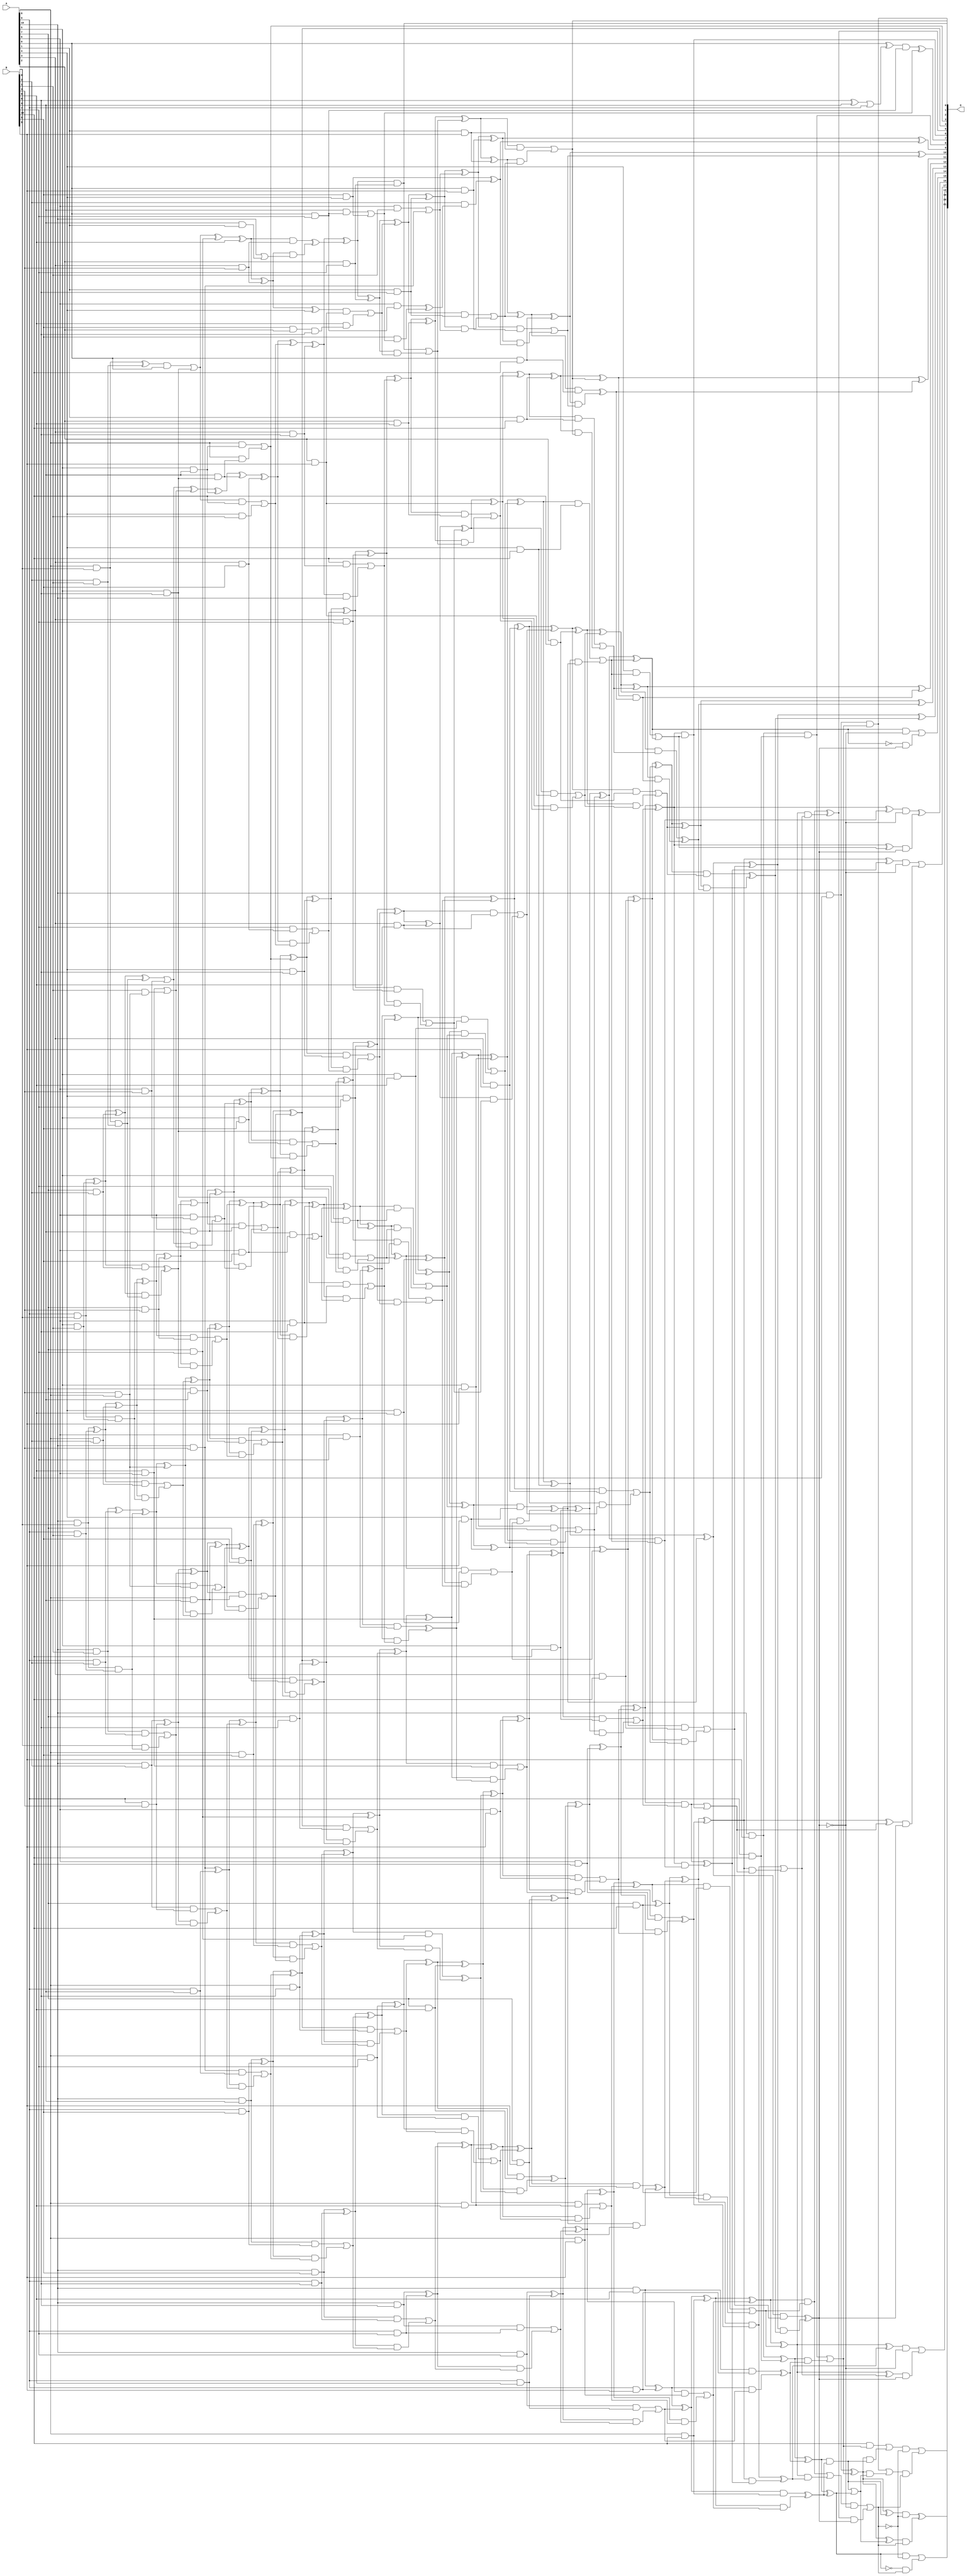
/***
* This code is a part of EvoApproxLib library (ehw.fit.vutbr.cz/approxlib) distributed under The MIT License.
* When used, please cite the following article(s): V. Mrazek, S. S. Sarwar, L. Sekanina, Z. Vasicek and K. Roy, "Design of power-efficient approximate multipliers for approximate artificial neural networks," 2016 IEEE/ACM International Conference on Computer-Aided Design (ICCAD), Austin, TX, 2016, pp. 1-7. doi: 10.1145/2966986.2967021 
* This file contains a circuit from a sub-set of pareto optimal circuits with respect to the pwr and mre parameters
***/
// MAE% = 0.018 %
// MAE = 755 
// WCE% = 0.098 %
// WCE = 4099 
// WCRE% = 1500.00 %
// EP% = 99.59 %
// MRE% = 0.64 %
// MSE = 909745 
// PDK45_PWR = 0.784 mW
// PDK45_AREA = 1147.0 um2
// PDK45_DELAY = 1.84 ns


module mul11u_005(A, B, O);
  input [10:0] A, B;
  output [21:0] O;
  wire [10:0] A, B;
  wire [21:0] O;
  wire sig_30, sig_31, sig_32, sig_40, sig_41, sig_42;
  wire sig_43, sig_57, sig_58, sig_59, sig_60, sig_61;
  wire sig_62, sig_63, sig_70, sig_71, sig_72, sig_73;
  wire sig_74, sig_105, sig_106, sig_107, sig_108, sig_109;
  wire sig_110, sig_111, sig_112, sig_113, sig_114, sig_115;
  wire sig_116, sig_117, sig_118, sig_119, sig_120, sig_121;
  wire sig_122, sig_123, sig_124, sig_130, sig_131, sig_132;
  wire sig_133, sig_134, sig_135, sig_161, sig_162, sig_164;
  wire sig_165, sig_166, sig_167, sig_168, sig_169, sig_170;
  wire sig_171, sig_172, sig_173, sig_174, sig_175, sig_176;
  wire sig_177, sig_178, sig_179, sig_180, sig_181, sig_182;
  wire sig_183, sig_184, sig_185, sig_190, sig_191, sig_192;
  wire sig_193, sig_194, sig_195, sig_196, sig_210, sig_214;
  wire sig_216, sig_217, sig_218, sig_219, sig_220, sig_221;
  wire sig_222, sig_223, sig_224, sig_225, sig_227, sig_228;
  wire sig_229, sig_230, sig_231, sig_232, sig_233, sig_234;
  wire sig_235, sig_236, sig_237, sig_238, sig_239, sig_240;
  wire sig_241, sig_242, sig_243, sig_244, sig_245, sig_246;
  wire sig_250, sig_251, sig_252, sig_253, sig_254, sig_255;
  wire sig_256, sig_257, sig_264, sig_267, sig_269, sig_272;
  wire sig_273, sig_274, sig_275, sig_276, sig_277, sig_278;
  wire sig_279, sig_280, sig_281, sig_282, sig_283, sig_284;
  wire sig_285, sig_286, sig_287, sig_288, sig_289, sig_290;
  wire sig_291, sig_292, sig_293, sig_294, sig_295, sig_296;
  wire sig_297, sig_298, sig_299, sig_300, sig_302, sig_303;
  wire sig_304, sig_305, sig_306, sig_307, sig_308, sig_310;
  wire sig_311, sig_312, sig_313, sig_314, sig_315, sig_316;
  wire sig_317, sig_318, sig_320, sig_321, sig_323, sig_327;
  wire sig_330, sig_331, sig_333, sig_334, sig_335, sig_336;
  wire sig_337, sig_338, sig_339, sig_340, sig_341, sig_342;
  wire sig_343, sig_344, sig_345, sig_346, sig_347, sig_348;
  wire sig_349, sig_350, sig_351, sig_352, sig_353, sig_354;
  wire sig_355, sig_356, sig_357, sig_358, sig_359, sig_360;
  wire sig_361, sig_362, sig_363, sig_364, sig_365, sig_366;
  wire sig_367, sig_368, sig_369, sig_371, sig_372, sig_373;
  wire sig_374, sig_375, sig_376, sig_377, sig_378, sig_379;
  wire sig_380, sig_381, sig_382, sig_384, sig_386, sig_387;
  wire sig_389, sig_390, sig_392, sig_393, sig_394, sig_395;
  wire sig_396, sig_397, sig_398, sig_399, sig_400, sig_401;
  wire sig_402, sig_403, sig_404, sig_405, sig_406, sig_407;
  wire sig_408, sig_409, sig_410, sig_411, sig_412, sig_413;
  wire sig_414, sig_415, sig_416, sig_417, sig_418, sig_419;
  wire sig_420, sig_421, sig_422, sig_423, sig_424, sig_425;
  wire sig_426, sig_427, sig_428, sig_429, sig_431, sig_432;
  wire sig_433, sig_434, sig_435, sig_436, sig_437, sig_438;
  wire sig_439, sig_440, sig_442, sig_443, sig_445, sig_446;
  wire sig_447, sig_448, sig_449, sig_450, sig_451, sig_452;
  wire sig_453, sig_454, sig_455, sig_456, sig_457, sig_458;
  wire sig_459, sig_460, sig_461, sig_462, sig_463, sig_464;
  wire sig_465, sig_466, sig_467, sig_468, sig_469, sig_470;
  wire sig_471, sig_472, sig_473, sig_474, sig_475, sig_476;
  wire sig_477, sig_478, sig_479, sig_480, sig_481, sig_482;
  wire sig_483, sig_484, sig_485, sig_486, sig_487, sig_488;
  wire sig_489, sig_490, sig_491, sig_492, sig_493, sig_494;
  wire sig_495, sig_496, sig_497, sig_498, sig_499, sig_500;
  wire sig_501, sig_502, sig_503, sig_504, sig_506, sig_507;
  wire sig_508, sig_509, sig_510, sig_512, sig_513, sig_514;
  wire sig_515, sig_516, sig_517, sig_518, sig_519, sig_520;
  wire sig_521, sig_522, sig_523, sig_524, sig_525, sig_526;
  wire sig_527, sig_528, sig_529, sig_530, sig_531, sig_532;
  wire sig_533, sig_534, sig_535, sig_536, sig_537, sig_538;
  wire sig_539, sig_540, sig_541, sig_542, sig_543, sig_544;
  wire sig_545, sig_546, sig_547, sig_548, sig_549, sig_550;
  wire sig_551, sig_552, sig_553, sig_554, sig_555, sig_556;
  wire sig_557, sig_558, sig_559, sig_560, sig_561, sig_562;
  wire sig_563, sig_564, sig_565, sig_567, sig_568, sig_569;
  wire sig_570, sig_571, sig_572, sig_573, sig_574, sig_575;
  wire sig_576, sig_577, sig_578, sig_579, sig_580, sig_581;
  wire sig_582, sig_583, sig_584, sig_585, sig_586, sig_587;
  wire sig_588, sig_589, sig_590, sig_591, sig_592, sig_593;
  wire sig_594, sig_595, sig_596, sig_597, sig_598, sig_599;
  wire sig_600, sig_601, sig_602, sig_603, sig_604, sig_605;
  wire sig_606, sig_607, sig_608, sig_610, sig_611, sig_612;
  wire sig_614, sig_615, sig_616, sig_617, sig_619, sig_620;
  wire sig_621, sig_622, sig_624, sig_625, sig_626, sig_627;
  wire sig_629, sig_630, sig_631, sig_632, sig_633, sig_634;
  wire sig_635, sig_636, sig_637, sig_638, sig_639, sig_640;
  wire sig_641, sig_642, sig_643, sig_644, sig_645, sig_646;
  wire sig_647, sig_648, sig_649, sig_650, sig_651, sig_652;
  wire sig_654, sig_655, sig_656, sig_657, sig_658, sig_659;
  wire sig_660, sig_661, sig_662, sig_663, sig_664, sig_666;
  wire sig_667, sig_668, sig_670, sig_671, sig_672, sig_674;
  wire sig_675, sig_676, sig_678, sig_679, sig_680, sig_682;
  wire sig_683, sig_684, sig_685, sig_686, sig_687, sig_688;
  wire sig_689, sig_690, sig_691, sig_692, sig_693, sig_694;
  wire sig_695, sig_696, sig_697, sig_699, sig_700, sig_701;
  wire sig_702, sig_703, sig_704, sig_706, sig_707, sig_708;
  wire sig_710, sig_711, sig_712;
  assign sig_30 = A[8] & B[0];
  assign sig_31 = A[9] & B[0];
  assign sig_32 = A[10] & B[0];
  assign sig_40 = B[2] & B[1];
  assign sig_41 = A[5] & B[1];
  assign sig_42 = A[9] & B[1];
  assign sig_43 = A[10] & B[1];
  assign sig_57 = B[3] & A[8];
  assign sig_58 = sig_30 ^ sig_40;
  assign sig_59 = sig_30 & sig_40;
  assign sig_60 = sig_31 ^ sig_41;
  assign sig_61 = sig_31 & sig_41;
  assign sig_62 = sig_32 ^ sig_42;
  assign sig_63 = sig_32 & sig_42;
  assign sig_70 = A[6];
  assign sig_71 = A[7] & B[2];
  assign sig_72 = A[8] & B[2];
  assign sig_73 = A[9] & B[2];
  assign sig_74 = A[10] & B[2];
  assign sig_105 = sig_58;
  assign sig_106 = B[8] & sig_70;
  assign sig_107 = B[1] & sig_57;
  assign sig_108 = sig_105 & A[0];
  assign sig_109 = sig_106 | sig_107;
  assign sig_110 = sig_60 ^ sig_71;
  assign sig_111 = sig_60 & sig_71;
  assign sig_112 = sig_110 & sig_59;
  assign sig_113 = sig_110 ^ sig_59;
  assign sig_114 = sig_111 ^ sig_112;
  assign sig_115 = sig_62 ^ sig_72;
  assign sig_116 = sig_62 & sig_72;
  assign sig_117 = sig_115 & sig_61;
  assign sig_118 = sig_115 ^ sig_61;
  assign sig_119 = sig_116 | sig_117;
  assign sig_120 = sig_43 ^ sig_73;
  assign sig_121 = sig_43 & sig_73;
  assign sig_122 = B[0] & sig_63;
  assign sig_123 = sig_120 ^ sig_63;
  assign sig_124 = sig_121 | sig_122;
  assign sig_130 = A[5] & B[6];
  assign sig_131 = A[6] & B[3];
  assign sig_132 = A[7] & B[3];
  assign sig_133 = A[8] & B[3];
  assign sig_134 = A[9] & B[3];
  assign sig_135 = A[10] & B[3];
  assign sig_161 = sig_108 | sig_130;
  assign sig_162 = B[4] & sig_130;
  assign sig_164 = sig_161;
  assign sig_165 = sig_162;
  assign sig_166 = sig_113 | sig_131;
  assign sig_167 = A[6] & sig_131;
  assign sig_168 = sig_166 & sig_109;
  assign sig_169 = sig_166 ^ sig_109;
  assign sig_170 = sig_167 | sig_168;
  assign sig_171 = sig_118 ^ sig_132;
  assign sig_172 = sig_118 & sig_132;
  assign sig_173 = sig_171 & sig_114;
  assign sig_174 = sig_171 | sig_114;
  assign sig_175 = sig_172 | sig_173;
  assign sig_176 = sig_123 ^ sig_133;
  assign sig_177 = sig_123 & sig_133;
  assign sig_178 = sig_176 & sig_119;
  assign sig_179 = sig_176 ^ sig_119;
  assign sig_180 = sig_177 | sig_178;
  assign sig_181 = sig_74 ^ sig_134;
  assign sig_182 = sig_74 & sig_134;
  assign sig_183 = sig_181 & sig_124;
  assign sig_184 = sig_181 ^ sig_124;
  assign sig_185 = sig_182 ^ sig_183;
  assign sig_190 = A[7] & B[7];
  assign sig_191 = A[5] & B[4];
  assign sig_192 = A[6] & B[4];
  assign sig_193 = A[7] & B[4];
  assign sig_194 = A[8] & B[4];
  assign sig_195 = A[9] & B[4];
  assign sig_196 = A[10] & B[4];
  assign sig_210 = B[6] ^ B[4];
  assign sig_214 = B[4] & A[1];
  assign sig_216 = A[10] | sig_214;
  assign sig_217 = sig_164 ^ sig_190;
  assign sig_218 = sig_164 & B[10];
  assign sig_219 = A[4] & B[1];
  assign sig_220 = sig_217 ^ B[8];
  assign sig_221 = sig_218 | sig_219;
  assign sig_222 = sig_169 ^ sig_191;
  assign sig_223 = A[8] & sig_191;
  assign sig_224 = A[8] & sig_165;
  assign sig_225 = sig_222 ^ sig_165;
  assign O[3] = sig_223 | sig_224;
  assign sig_227 = sig_174 ^ sig_192;
  assign sig_228 = sig_174 & sig_192;
  assign sig_229 = sig_227 & sig_170;
  assign sig_230 = sig_227 ^ sig_170;
  assign sig_231 = sig_228 | sig_229;
  assign sig_232 = sig_179 ^ sig_193;
  assign sig_233 = sig_179 & sig_193;
  assign sig_234 = sig_232 & sig_175;
  assign sig_235 = sig_232 ^ sig_175;
  assign sig_236 = sig_233 | sig_234;
  assign sig_237 = sig_184 ^ sig_194;
  assign sig_238 = sig_184 & sig_194;
  assign sig_239 = sig_237 & sig_180;
  assign sig_240 = sig_237 ^ sig_180;
  assign sig_241 = sig_238 | sig_239;
  assign sig_242 = sig_135 ^ sig_195;
  assign sig_243 = sig_135 & sig_195;
  assign sig_244 = sig_242 & sig_185;
  assign sig_245 = sig_242 ^ sig_185;
  assign sig_246 = sig_243 | sig_244;
  assign sig_250 = A[3] & B[3];
  assign sig_251 = A[3] & B[5];
  assign sig_252 = A[5] & B[5];
  assign sig_253 = A[6] & B[5];
  assign sig_254 = A[7] & B[5];
  assign sig_255 = A[8] & B[5];
  assign sig_256 = A[9] & B[5];
  assign sig_257 = A[10] & B[5];
  assign sig_264 = sig_210;
  assign sig_267 = sig_264 | A[9];
  assign sig_269 = B[5] & A[2];
  assign sig_272 = sig_269 & B[6];
  assign sig_273 = sig_220 ^ sig_250;
  assign sig_274 = sig_220 & sig_250;
  assign sig_275 = sig_273 & sig_216;
  assign sig_276 = sig_273 ^ A[4];
  assign sig_277 = sig_274 ^ sig_275;
  assign sig_278 = sig_225 ^ sig_251;
  assign sig_279 = B[7] & sig_251;
  assign sig_280 = sig_278 & sig_221;
  assign sig_281 = sig_278 ^ sig_221;
  assign sig_282 = sig_279 | sig_280;
  assign sig_283 = sig_230 ^ sig_252;
  assign sig_284 = sig_230 & sig_252;
  assign sig_285 = sig_283 & O[3];
  assign sig_286 = sig_283 ^ O[3];
  assign sig_287 = sig_284 | sig_285;
  assign sig_288 = sig_235 ^ sig_253;
  assign sig_289 = sig_235 & sig_253;
  assign sig_290 = sig_288 & sig_231;
  assign sig_291 = sig_288 ^ sig_231;
  assign sig_292 = sig_289 | sig_290;
  assign sig_293 = sig_240 ^ sig_254;
  assign sig_294 = sig_240 & sig_254;
  assign sig_295 = sig_293 & sig_236;
  assign sig_296 = sig_293 ^ sig_236;
  assign sig_297 = sig_294 ^ sig_295;
  assign sig_298 = sig_245 ^ sig_255;
  assign sig_299 = sig_245 & sig_255;
  assign sig_300 = sig_298 & sig_241;
  assign O[4] = sig_298 ^ sig_241;
  assign sig_302 = sig_299 | sig_300;
  assign sig_303 = sig_196 ^ sig_256;
  assign sig_304 = sig_196 & sig_256;
  assign sig_305 = sig_303 & sig_246;
  assign sig_306 = sig_303 ^ sig_246;
  assign sig_307 = sig_304 | sig_305;
  assign sig_308 = A[0] & B[7];
  assign sig_310 = A[2] & B[9];
  assign sig_311 = A[3] & B[6];
  assign sig_312 = A[4] & B[6];
  assign sig_313 = A[5] & B[6];
  assign sig_314 = A[6] & B[6];
  assign sig_315 = A[7] & B[6];
  assign sig_316 = A[8] & B[6];
  assign sig_317 = A[9] & B[6];
  assign sig_318 = A[10] & B[6];
  assign sig_320 = B[4] & sig_308;
  assign sig_321 = B[5] & A[4];
  assign sig_323 = sig_320 | sig_321;
  assign sig_327 = A[0] ^ sig_267;
  assign sig_330 = sig_276 & sig_310;
  assign sig_331 = B[8] & sig_272;
  assign sig_333 = sig_330 | sig_331;
  assign sig_334 = sig_281 ^ sig_311;
  assign sig_335 = B[10] & sig_311;
  assign sig_336 = sig_334 & A[10];
  assign sig_337 = sig_334 ^ sig_277;
  assign sig_338 = sig_335 | sig_336;
  assign sig_339 = sig_286 ^ sig_312;
  assign sig_340 = sig_286 & sig_312;
  assign sig_341 = sig_339 & sig_282;
  assign sig_342 = sig_339 ^ sig_282;
  assign sig_343 = sig_340 | sig_341;
  assign sig_344 = sig_291 ^ sig_313;
  assign sig_345 = sig_291 & sig_313;
  assign sig_346 = sig_344 & sig_287;
  assign sig_347 = sig_344 ^ sig_287;
  assign sig_348 = sig_345 | sig_346;
  assign sig_349 = sig_296 ^ sig_314;
  assign sig_350 = sig_296 & sig_314;
  assign sig_351 = sig_349 & sig_292;
  assign sig_352 = sig_349 ^ sig_292;
  assign sig_353 = sig_350 | sig_351;
  assign sig_354 = O[4] ^ sig_315;
  assign sig_355 = O[4] & sig_315;
  assign sig_356 = sig_354 & sig_297;
  assign sig_357 = sig_354 ^ sig_297;
  assign sig_358 = sig_355 | sig_356;
  assign sig_359 = sig_306 ^ sig_316;
  assign sig_360 = sig_306 & sig_316;
  assign sig_361 = sig_359 & sig_302;
  assign sig_362 = sig_359 ^ sig_302;
  assign sig_363 = sig_360 | sig_361;
  assign sig_364 = sig_257 ^ sig_317;
  assign sig_365 = sig_257 & sig_317;
  assign sig_366 = sig_364 & sig_307;
  assign sig_367 = sig_364 ^ sig_307;
  assign sig_368 = sig_365 | sig_366;
  assign sig_369 = A[0] & B[7];
  assign sig_371 = A[2] & B[7];
  assign sig_372 = A[3] & B[7];
  assign sig_373 = A[4] & B[7];
  assign sig_374 = A[5] & B[7];
  assign sig_375 = A[6] & B[7];
  assign sig_376 = A[7] & B[7];
  assign sig_377 = A[8] & B[7];
  assign sig_378 = A[9] & B[7];
  assign sig_379 = A[10] & B[7];
  assign sig_380 = sig_327 & sig_369;
  assign sig_381 = A[6] & sig_369;
  assign sig_382 = B[5] & sig_323;
  assign O[7] = sig_380 ^ sig_323;
  assign sig_384 = sig_381 ^ sig_382;
  assign sig_386 = A[6] & B[1];
  assign sig_387 = A[10] & B[3];
  assign sig_389 = sig_386 | sig_387;
  assign sig_390 = sig_337 ^ sig_371;
  assign O[2] = sig_337 & sig_371;
  assign sig_392 = sig_390 & sig_333;
  assign sig_393 = sig_390 ^ sig_333;
  assign sig_394 = O[2] | sig_392;
  assign sig_395 = sig_342 ^ sig_372;
  assign sig_396 = sig_342 & sig_372;
  assign sig_397 = sig_395 & sig_338;
  assign sig_398 = sig_395 ^ sig_338;
  assign sig_399 = sig_396 | sig_397;
  assign sig_400 = sig_347 ^ sig_373;
  assign sig_401 = sig_347 & sig_373;
  assign sig_402 = sig_400 & sig_343;
  assign sig_403 = sig_400 ^ sig_343;
  assign sig_404 = sig_401 | sig_402;
  assign sig_405 = sig_352 ^ sig_374;
  assign sig_406 = sig_352 & sig_374;
  assign sig_407 = sig_405 & sig_348;
  assign sig_408 = sig_405 ^ sig_348;
  assign sig_409 = sig_406 | sig_407;
  assign sig_410 = sig_357 ^ sig_375;
  assign sig_411 = sig_357 & sig_375;
  assign sig_412 = sig_410 & sig_353;
  assign sig_413 = sig_410 ^ sig_353;
  assign sig_414 = sig_411 ^ sig_412;
  assign sig_415 = sig_362 ^ sig_376;
  assign sig_416 = sig_362 & sig_376;
  assign sig_417 = sig_415 & sig_358;
  assign sig_418 = sig_415 ^ sig_358;
  assign sig_419 = sig_416 ^ sig_417;
  assign sig_420 = sig_367 ^ sig_377;
  assign sig_421 = sig_367 & sig_377;
  assign sig_422 = sig_420 & sig_363;
  assign sig_423 = sig_420 ^ sig_363;
  assign sig_424 = sig_421 | sig_422;
  assign sig_425 = sig_318 ^ sig_378;
  assign sig_426 = sig_318 & sig_378;
  assign sig_427 = sig_425 & sig_368;
  assign sig_428 = sig_425 ^ sig_368;
  assign sig_429 = sig_426 | sig_427;
  assign sig_431 = A[1] & B[6];
  assign sig_432 = A[2] & B[8];
  assign sig_433 = A[3] & B[8];
  assign sig_434 = A[4] & B[8];
  assign sig_435 = A[5] & B[8];
  assign sig_436 = A[6] & B[8];
  assign sig_437 = A[7] & B[8];
  assign sig_438 = A[8] & B[8];
  assign sig_439 = A[9] & B[8];
  assign sig_440 = A[10] & B[8];
  assign sig_442 = B[5] & A[4];
  assign sig_443 = B[2] & sig_384;
  assign sig_445 = sig_442 ^ sig_443;
  assign sig_446 = sig_393 ^ sig_431;
  assign sig_447 = sig_393 & sig_431;
  assign sig_448 = sig_446 & sig_389;
  assign sig_449 = sig_446 ^ sig_389;
  assign sig_450 = sig_447 | sig_448;
  assign sig_451 = sig_398 ^ sig_432;
  assign sig_452 = sig_398 & sig_432;
  assign sig_453 = sig_451 & sig_394;
  assign sig_454 = sig_451 ^ sig_394;
  assign sig_455 = sig_452 | sig_453;
  assign sig_456 = sig_403 ^ sig_433;
  assign sig_457 = sig_403 & sig_433;
  assign sig_458 = sig_456 & sig_399;
  assign sig_459 = sig_456 ^ sig_399;
  assign sig_460 = sig_457 | sig_458;
  assign sig_461 = sig_408 ^ sig_434;
  assign sig_462 = sig_408 & sig_434;
  assign sig_463 = sig_461 & sig_404;
  assign sig_464 = sig_461 ^ sig_404;
  assign sig_465 = sig_462 | sig_463;
  assign sig_466 = sig_413 ^ sig_435;
  assign sig_467 = sig_413 & sig_435;
  assign sig_468 = sig_466 & sig_409;
  assign sig_469 = sig_466 ^ sig_409;
  assign sig_470 = sig_467 | sig_468;
  assign sig_471 = sig_418 ^ sig_436;
  assign sig_472 = sig_418 & sig_436;
  assign sig_473 = sig_471 & sig_414;
  assign sig_474 = sig_471 ^ sig_414;
  assign sig_475 = sig_472 | sig_473;
  assign sig_476 = sig_423 ^ sig_437;
  assign sig_477 = sig_423 & sig_437;
  assign sig_478 = sig_476 & sig_419;
  assign sig_479 = sig_476 ^ sig_419;
  assign sig_480 = sig_477 ^ sig_478;
  assign sig_481 = sig_428 ^ sig_438;
  assign sig_482 = sig_428 & sig_438;
  assign sig_483 = sig_481 & sig_424;
  assign sig_484 = sig_481 ^ sig_424;
  assign sig_485 = sig_482 | sig_483;
  assign sig_486 = sig_379 ^ sig_439;
  assign sig_487 = sig_379 & sig_439;
  assign sig_488 = sig_486 & sig_429;
  assign sig_489 = sig_486 ^ sig_429;
  assign sig_490 = sig_487 | sig_488;
  assign sig_491 = A[0] & B[9];
  assign sig_492 = A[1] & B[9];
  assign sig_493 = A[2] & B[9];
  assign sig_494 = A[3] & B[9];
  assign sig_495 = A[4] & B[9];
  assign sig_496 = A[5] & B[9];
  assign sig_497 = A[6] & B[9];
  assign sig_498 = A[7] & B[9];
  assign sig_499 = A[8] & B[9];
  assign sig_500 = A[9] & B[9];
  assign sig_501 = A[10] & B[9];
  assign sig_502 = sig_449 ^ sig_491;
  assign sig_503 = sig_449 & sig_491;
  assign sig_504 = sig_502 & sig_445;
  assign O[9] = sig_502 ^ sig_445;
  assign sig_506 = sig_503 | sig_504;
  assign sig_507 = sig_454 ^ sig_492;
  assign sig_508 = sig_454 & sig_492;
  assign sig_509 = sig_507 & sig_450;
  assign sig_510 = sig_507 ^ sig_450;
  assign O[0] = sig_508 | sig_509;
  assign sig_512 = sig_459 ^ sig_493;
  assign sig_513 = sig_459 & sig_493;
  assign sig_514 = sig_512 & sig_455;
  assign sig_515 = sig_512 ^ sig_455;
  assign sig_516 = sig_513 | sig_514;
  assign sig_517 = sig_464 ^ sig_494;
  assign sig_518 = sig_464 & sig_494;
  assign sig_519 = sig_517 & sig_460;
  assign sig_520 = sig_517 ^ sig_460;
  assign sig_521 = sig_518 | sig_519;
  assign sig_522 = sig_469 ^ sig_495;
  assign sig_523 = sig_469 & sig_495;
  assign sig_524 = sig_522 & sig_465;
  assign sig_525 = sig_522 ^ sig_465;
  assign sig_526 = sig_523 ^ sig_524;
  assign sig_527 = sig_474 ^ sig_496;
  assign sig_528 = sig_474 & sig_496;
  assign sig_529 = sig_527 & sig_470;
  assign sig_530 = sig_527 ^ sig_470;
  assign sig_531 = sig_528 | sig_529;
  assign sig_532 = sig_479 ^ sig_497;
  assign sig_533 = sig_479 & sig_497;
  assign sig_534 = sig_532 & sig_475;
  assign sig_535 = sig_532 ^ sig_475;
  assign sig_536 = sig_533 | sig_534;
  assign sig_537 = sig_484 ^ sig_498;
  assign sig_538 = sig_484 & sig_498;
  assign sig_539 = sig_537 & sig_480;
  assign sig_540 = sig_537 ^ sig_480;
  assign sig_541 = sig_538 ^ sig_539;
  assign sig_542 = sig_489 ^ sig_499;
  assign sig_543 = sig_489 & sig_499;
  assign sig_544 = sig_542 & sig_485;
  assign sig_545 = sig_542 ^ sig_485;
  assign sig_546 = sig_543 | sig_544;
  assign sig_547 = sig_440 ^ sig_500;
  assign sig_548 = sig_440 & sig_500;
  assign sig_549 = sig_547 & sig_490;
  assign sig_550 = sig_547 ^ sig_490;
  assign sig_551 = sig_548 ^ sig_549;
  assign sig_552 = A[0] & B[10];
  assign sig_553 = A[1] & B[10];
  assign sig_554 = A[2] & B[10];
  assign sig_555 = A[3] & B[10];
  assign sig_556 = A[4] & B[10];
  assign sig_557 = A[5] & B[10];
  assign sig_558 = A[6] & B[10];
  assign sig_559 = A[7] & B[10];
  assign sig_560 = A[8] & B[10];
  assign sig_561 = A[9] & B[10];
  assign sig_562 = A[10] & B[10];
  assign sig_563 = sig_510 ^ sig_552;
  assign sig_564 = sig_510 & sig_552;
  assign sig_565 = sig_563 & sig_506;
  assign O[10] = sig_563 ^ sig_506;
  assign sig_567 = sig_564 ^ sig_565;
  assign sig_568 = sig_515 ^ sig_553;
  assign sig_569 = sig_515 & sig_553;
  assign sig_570 = sig_568 & O[0];
  assign sig_571 = sig_568 ^ O[0];
  assign sig_572 = sig_569 | sig_570;
  assign sig_573 = sig_520 ^ sig_554;
  assign sig_574 = sig_520 & sig_554;
  assign sig_575 = sig_573 & sig_516;
  assign sig_576 = sig_573 ^ sig_516;
  assign sig_577 = sig_574 | sig_575;
  assign sig_578 = sig_525 ^ sig_555;
  assign sig_579 = sig_525 & sig_555;
  assign sig_580 = sig_578 & sig_521;
  assign sig_581 = sig_578 ^ sig_521;
  assign sig_582 = sig_579 | sig_580;
  assign sig_583 = sig_530 ^ sig_556;
  assign sig_584 = sig_530 & sig_556;
  assign sig_585 = sig_583 & sig_526;
  assign sig_586 = sig_583 ^ sig_526;
  assign sig_587 = sig_584 | sig_585;
  assign sig_588 = sig_535 ^ sig_557;
  assign sig_589 = sig_535 & sig_557;
  assign sig_590 = sig_588 & sig_531;
  assign sig_591 = sig_588 ^ sig_531;
  assign sig_592 = sig_589 | sig_590;
  assign sig_593 = sig_540 ^ sig_558;
  assign sig_594 = sig_540 & sig_558;
  assign sig_595 = sig_593 & sig_536;
  assign sig_596 = sig_593 ^ sig_536;
  assign sig_597 = sig_594 ^ sig_595;
  assign sig_598 = sig_545 ^ sig_559;
  assign sig_599 = sig_545 & sig_559;
  assign sig_600 = sig_598 & sig_541;
  assign sig_601 = sig_598 ^ sig_541;
  assign sig_602 = sig_599 | sig_600;
  assign sig_603 = sig_550 ^ sig_560;
  assign sig_604 = sig_550 & sig_560;
  assign sig_605 = sig_603 & sig_546;
  assign sig_606 = sig_603 ^ sig_546;
  assign sig_607 = sig_604 ^ sig_605;
  assign sig_608 = sig_501 ^ sig_561;
  assign O[8] = sig_501 & sig_561;
  assign sig_610 = sig_608 & sig_551;
  assign sig_611 = sig_608 ^ sig_551;
  assign sig_612 = O[8] | sig_610;
  assign O[11] = sig_571 ^ sig_567;
  assign sig_614 = sig_571 & sig_567;
  assign sig_615 = sig_576 ^ sig_572;
  assign sig_616 = sig_576 & sig_572;
  assign sig_617 = sig_615 & sig_614;
  assign O[12] = sig_615 ^ sig_614;
  assign sig_619 = sig_616 ^ sig_617;
  assign sig_620 = sig_581 ^ sig_577;
  assign sig_621 = sig_581 & sig_577;
  assign sig_622 = sig_620 & sig_619;
  assign O[13] = sig_620 ^ sig_619;
  assign sig_624 = sig_621 ^ sig_622;
  assign sig_625 = sig_586 ^ sig_582;
  assign sig_626 = sig_586 & sig_582;
  assign sig_627 = sig_625 & sig_624;
  assign O[14] = sig_625 ^ sig_624;
  assign sig_629 = sig_626 ^ sig_627;
  assign sig_630 = sig_591 ^ sig_587;
  assign sig_631 = sig_591 & sig_587;
  assign sig_632 = sig_596 ^ sig_592;
  assign sig_633 = sig_596 & sig_592;
  assign sig_634 = sig_632 & sig_631;
  assign sig_635 = sig_632 ^ sig_631;
  assign sig_636 = sig_633 ^ sig_634;
  assign sig_637 = sig_601 ^ sig_597;
  assign sig_638 = sig_601 & sig_597;
  assign sig_639 = sig_637 & sig_636;
  assign sig_640 = sig_637 ^ sig_636;
  assign sig_641 = sig_638 ^ sig_639;
  assign sig_642 = sig_606 ^ sig_602;
  assign sig_643 = sig_606 & sig_602;
  assign sig_644 = sig_642 & sig_641;
  assign sig_645 = sig_642 ^ sig_641;
  assign sig_646 = sig_643 | sig_644;
  assign sig_647 = sig_591 ^ sig_587;
  assign sig_648 = A[4] & sig_587;
  assign sig_649 = !sig_647;
  assign sig_650 = sig_648 | sig_647;
  assign sig_651 = sig_596 ^ sig_592;
  assign sig_652 = sig_596 & sig_592;
  assign O[6] = sig_651 & sig_650;
  assign sig_654 = sig_651 ^ sig_650;
  assign sig_655 = sig_652 | O[6];
  assign sig_656 = sig_601 ^ sig_597;
  assign sig_657 = sig_601 & sig_597;
  assign sig_658 = sig_656 & sig_655;
  assign sig_659 = sig_656 ^ sig_655;
  assign sig_660 = sig_657 | sig_658;
  assign sig_661 = sig_606 ^ sig_602;
  assign sig_662 = sig_606 & sig_602;
  assign sig_663 = sig_661 & sig_660;
  assign sig_664 = sig_661 ^ sig_660;
  assign O[5] = sig_662 ^ sig_663;
  assign sig_666 = !sig_629;
  assign sig_667 = sig_630 & sig_666;
  assign sig_668 = sig_649 & sig_629;
  assign O[15] = sig_667 | sig_668;
  assign sig_670 = !sig_629;
  assign sig_671 = sig_635 & sig_670;
  assign sig_672 = sig_654 & sig_629;
  assign O[16] = sig_671 ^ sig_672;
  assign sig_674 = !sig_629;
  assign sig_675 = sig_640 & sig_674;
  assign sig_676 = sig_659 & sig_629;
  assign O[17] = sig_675 | sig_676;
  assign sig_678 = !sig_629;
  assign sig_679 = sig_645 & sig_678;
  assign sig_680 = sig_664 & sig_629;
  assign O[18] = sig_679 | sig_680;
  assign sig_682 = !sig_629;
  assign sig_683 = sig_646 & sig_682;
  assign sig_684 = O[5] & sig_629;
  assign sig_685 = sig_683 | sig_684;
  assign sig_686 = sig_611 ^ sig_607;
  assign sig_687 = sig_611 & sig_607;
  assign sig_688 = sig_562 ^ sig_612;
  assign sig_689 = B[10] & sig_612;
  assign sig_690 = sig_688 & sig_687;
  assign sig_691 = sig_688 ^ sig_687;
  assign sig_692 = sig_689 | sig_690;
  assign sig_693 = sig_611 ^ sig_607;
  assign sig_694 = sig_611 & sig_607;
  assign sig_695 = !sig_693;
  assign sig_696 = sig_694 | sig_693;
  assign sig_697 = sig_562 ^ sig_612;
  assign O[1] = sig_562 & sig_612;
  assign sig_699 = sig_697 & sig_696;
  assign sig_700 = sig_697 ^ sig_696;
  assign sig_701 = O[1] | sig_699;
  assign sig_702 = !sig_685;
  assign sig_703 = sig_686 & sig_702;
  assign sig_704 = sig_695 & sig_685;
  assign O[19] = sig_703 | sig_704;
  assign sig_706 = !sig_685;
  assign sig_707 = sig_691 & sig_706;
  assign sig_708 = sig_700 & sig_685;
  assign O[20] = sig_707 ^ sig_708;
  assign sig_710 = !sig_685;
  assign sig_711 = sig_692 & sig_710;
  assign sig_712 = sig_701 & sig_685;
  assign O[21] = sig_711 | sig_712;
endmodule